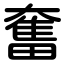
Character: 奮